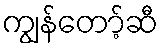
ကျွန်တော့်ဆီ